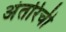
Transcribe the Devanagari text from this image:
अंतरिची